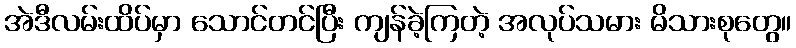
အဲဒီလမ်းထိပ်မှာ သောင်တင်ပြီး ကျန်ခဲ့ကြတဲ့ အလုပ်သမား မိသားစုတွေ။